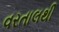
વરતાલથી